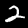
Digit: 2